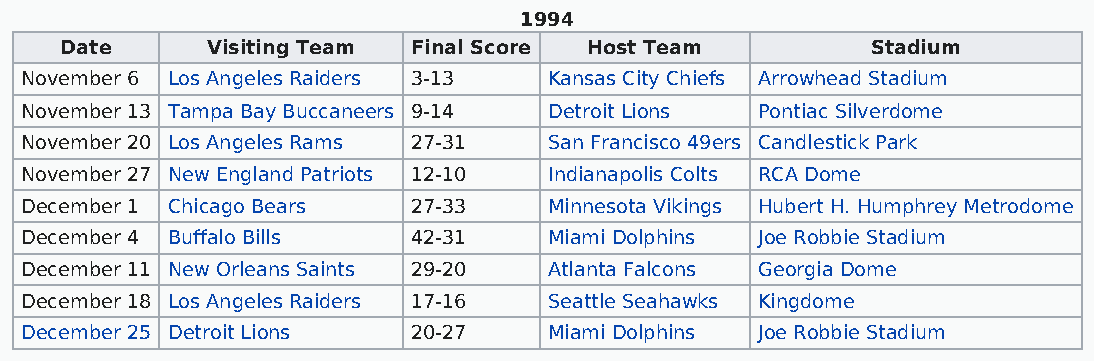
1994
 Date      Visiting Team Final Score Host Team         Stadium
 November 6 Los Angeles Raiders 3-13 Kansas City Chiefs Arrowhead Stadium
 November 13 Tampa Bay Buccaneers 9-14 Detroit Lions Pontiac Silverdome
 November 20 Los Angeles Rams 27-31 San Francisco 49ers Candlestick Park
 November 27 New England Patriots 12-10 Indianapolis Colts RCA Dome
 December 1 Chicago Bears  27-33    Minnesota Vikings Hubert H. Humphrey Metrodome
 December 4 Buffalo Bills  42-31    Miami Dolphins Joe Robbie Stadium
 December 11 New Orleans Saints 29-20 Atlanta Falcons Georgia Dome
 December 18 Los Angeles Raiders 17-16 Seattle Seahawks Kingdome
 December 25 Detroit Lions 20-27    Miami Dolphins Joe Robbie Stadium